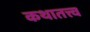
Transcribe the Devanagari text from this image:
कथातत्त्व